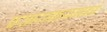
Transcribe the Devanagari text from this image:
प्रसारमाध्यमाकडे